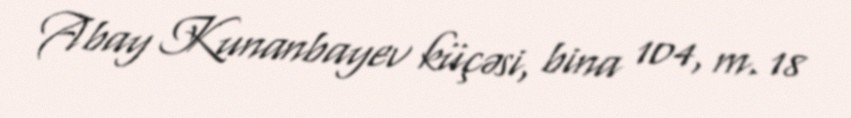
Abay Kunanbayev küçəsi, bina 104, m. 18